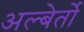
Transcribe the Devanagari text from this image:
अल्बेर्तो